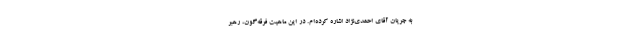
به جریان آقای احمدی‌نژاد اشاره کرده‌ام. در این ماهیت فرقه‌گون، رهبر